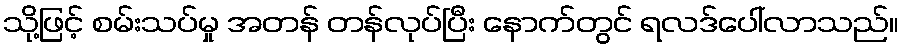
သို့ဖြင့် စမ်းသပ်မှု အတန် တန်လုပ်ပြီး နောက်တွင် ရလဒ်ပေါ်လာသည်။